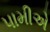
પામીએ